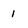
Character: 1